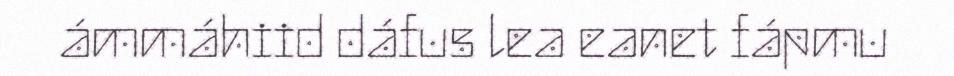
ámmáhiid dáfus lea eanet fápmu